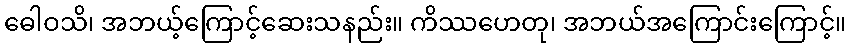
ဓေါဝသိ၊ အဘယ့်ကြောင့်ဆေးသနည်း။ ကိဿဟေတု၊ အဘယ်အကြောင်းကြောင့်။